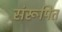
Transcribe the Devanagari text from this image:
संरूपित